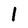
Character: 1